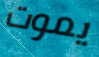
يموت